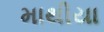
માથીયા